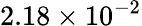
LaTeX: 2.18\times 10^{-2}